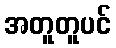
အတူတူပင်